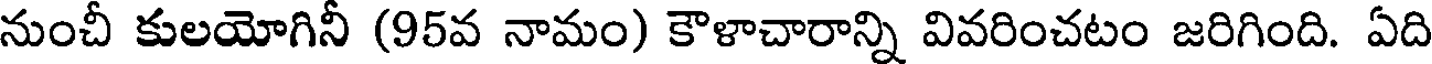
నుంచీ కులయోగినీ (95వ నామం) కౌళాచారాన్ని వివరించటం జరిగింది. ఏది